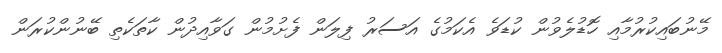
މޭނުބައިކުރުމާއި ހޮޑުލެވުން ކުޑަވެ އެކަމުގެ އަސަރު ފިލަން ފެށުމުން ގަވާއިދުން ކާތަކެތި ބޭނުންކުރަން